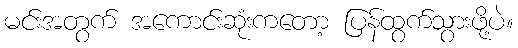
မင်းအတွက် အကောင်းဆုံးကတော့ ပြန်ထွက်သွားဖို့ပဲ။